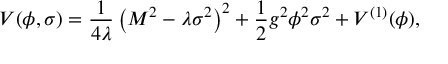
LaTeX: V ( \phi , \sigma ) = \frac { 1 } { 4 \lambda } \left( M ^ { 2 } - \lambda \sigma ^ { 2 } \right) ^ { 2 } + \frac { 1 } { 2 } g ^ { 2 } \phi ^ { 2 } \sigma ^ { 2 } + V ^ { ( 1 ) } ( \phi ) ,